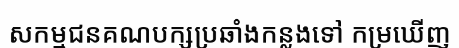
សកម្មជនគណបក្សប្រឆាំងកន្លងទៅ កម្រឃើញ